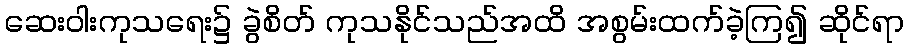
ဆေးဝါးကုသရေး၌ ခွဲစိတ် ကုသနိုင်သည်အထိ အစွမ်းထက်ခဲ့ကြ၍ ဆိုင်ရာ